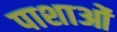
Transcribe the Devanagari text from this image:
पाशाओं